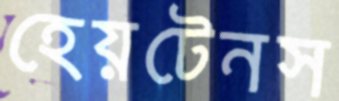
হেয়টেনস